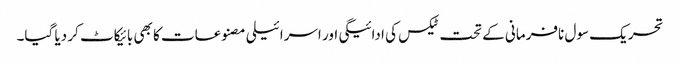
تحریک سول نافرمانی کے تحت ٹیکس کی ادائیگی اور اسرائیلی مصنوعات کا بھی بائیکاٹ کر دیا گیا۔